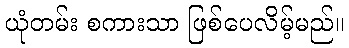
ယုံတမ်း စကားသာ ဖြစ်ပေလိမ့်မည်။